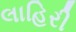
લાહિરી